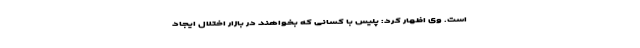
است. وی اظهار کرد: پلیس با کسانی که بخواهند در بازار اختلال ایجاد